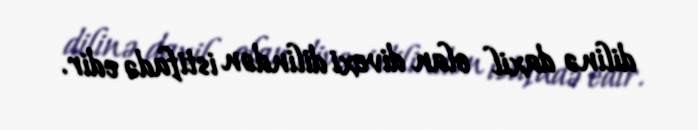
dilinə daxil olan divexi dilindən istifadə edir.